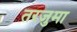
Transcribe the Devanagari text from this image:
तरजुमा